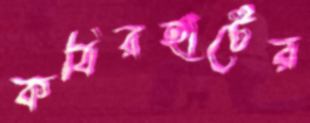
কবিরহাটের